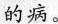
的病